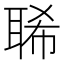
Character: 𦖁